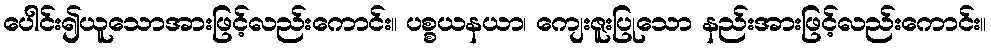
ပေါင်း၍ယူသောအားဖြင့်လည်းကောင်း။ ပစ္စယနယာ၊ ကျေးဇူးပြုသော နည်းအားဖြင့်လည်းကောင်း။